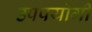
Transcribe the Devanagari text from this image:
उपपयोगी